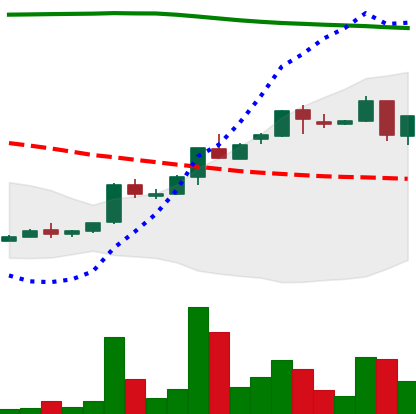
Ticker: ADA-USD
Chart end date: 2018-04-26
Forward return: 21.882%
Label: up_7plus